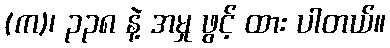
(က)၊ ၃၃၈ နဲ့ အမှု ဖွင့် ထား ပါတယ်။